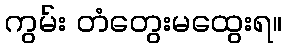
ကွမ်း တံတွေးမထွေးရ။